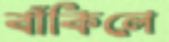
বাঁকিলে